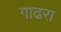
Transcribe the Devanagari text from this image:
गाढरा